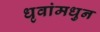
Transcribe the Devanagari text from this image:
धृवांमधुन